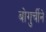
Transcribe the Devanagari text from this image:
बोगुर्चीने